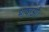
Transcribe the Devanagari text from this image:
भाषाओं।